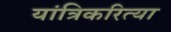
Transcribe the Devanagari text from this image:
यांत्रिकरित्या